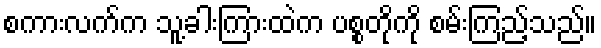
စကားလက်က သူ့ခါးကြားထဲက ပစ္စတိုကို စမ်းကြည့်သည်။